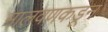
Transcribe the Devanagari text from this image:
मालवणकडून